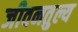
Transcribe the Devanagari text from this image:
जीवनतुल्य